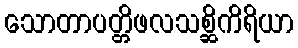
သောတာပတ္တိဖလသစ္ဆိကိရိယာ